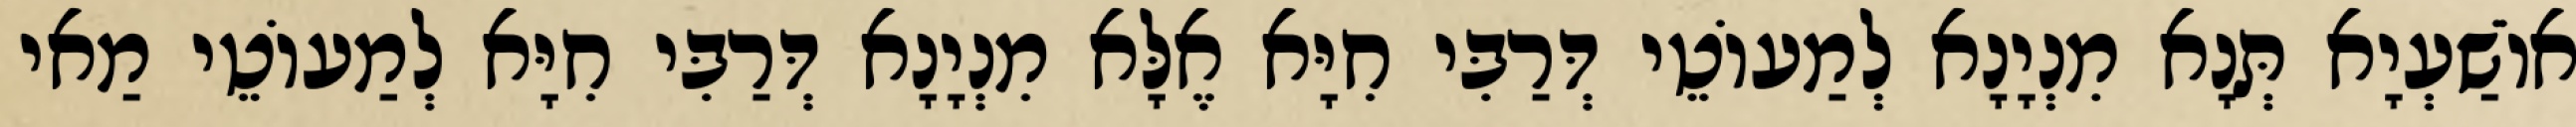
אוֹשַׁעְיָא תְּנָא מִנְיָנָא לְמַעוֹטֵי דְּרַבִּי חִיָּא אֶלָּא מִנְיָנָא דְּרַבִּי חִיָּא לְמַעוֹטֵי מַאי